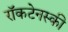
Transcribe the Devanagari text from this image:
राॅकटेनस्की